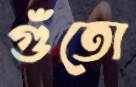
গুঁতো